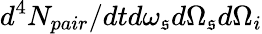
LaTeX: d^{4}N_{pair}/dtd\omega_{\mathfrak{s}}d\Omega_{\mathfrak{s}}d\Omega_{i}